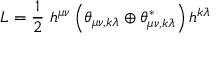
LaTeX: { \cal L } = \frac { 1 } { 2 } \ h ^ { \mu \nu } \left( \theta _ { \mu \nu , k \lambda } \oplus \theta _ { \mu \nu , k \lambda } ^ { \ast } \right) h ^ { k \lambda }